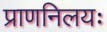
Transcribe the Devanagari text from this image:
प्राणनिलयः